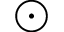
\odot